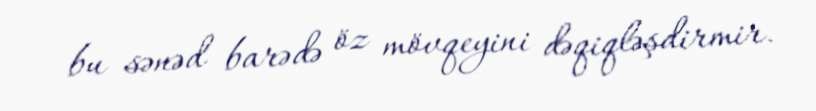
bu sənəd barədə öz mövqeyini dəqiqləşdirmir.